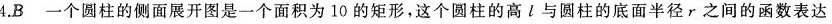
4.B个圆柱的侧面展开图是一个面积为10的矩形，这个圆柱的高l与圆柱的底面半径r之间的函数表达